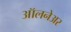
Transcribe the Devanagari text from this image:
ऑलनेअर